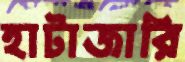
হাটাজারি